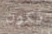
يكون